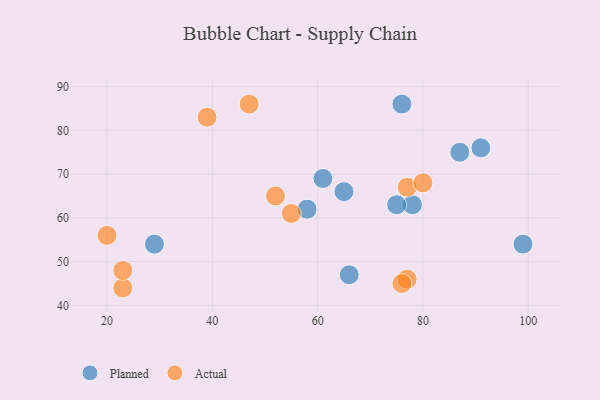
{"axis": {"x": "GDP", "y": "Life Expectancy"}, "legend": ["Actual", "Planned"], "data": [{"x": "78", "y": 63, "type": "Planned"}, {"x": "29", "y": 54, "type": "Planned"}, {"x": "87", "y": 75, "type": "Planned"}, {"x": "61", "y": 69, "type": "Planned"}, {"x": "66", "y": 47, "type": "Planned"}, {"x": "58", "y": 62, "type": "Planned"}, {"x": "91", "y": 76, "type": "Planned"}, {"x": "99", "y": 54, "type": "Planned"}, {"x": "65", "y": 66, "type": "Planned"}, {"x": "76", "y": 86, "type": "Planned"}, {"x": "75", "y": 63, "type": "Planned"}, {"x": "52", "y": 65, "type": "Actual"}, {"x": "77", "y": 67, "type": "Actual"}, {"x": "77", "y": 46, "type": "Actual"}, {"x": "20", "y": 56, "type": "Actual"}, {"x": "76", "y": 45, "type": "Actual"}, {"x": "23", "y": 44, "type": "Actual"}, {"x": "39", "y": 83, "type": "Actual"}, {"x": "47", "y": 86, "type": "Actual"}, {"x": "23", "y": 48, "type": "Actual"}, {"x": "55", "y": 61, "type": "Actual"}, {"x": "80", "y": 68, "type": "Actual"}]}